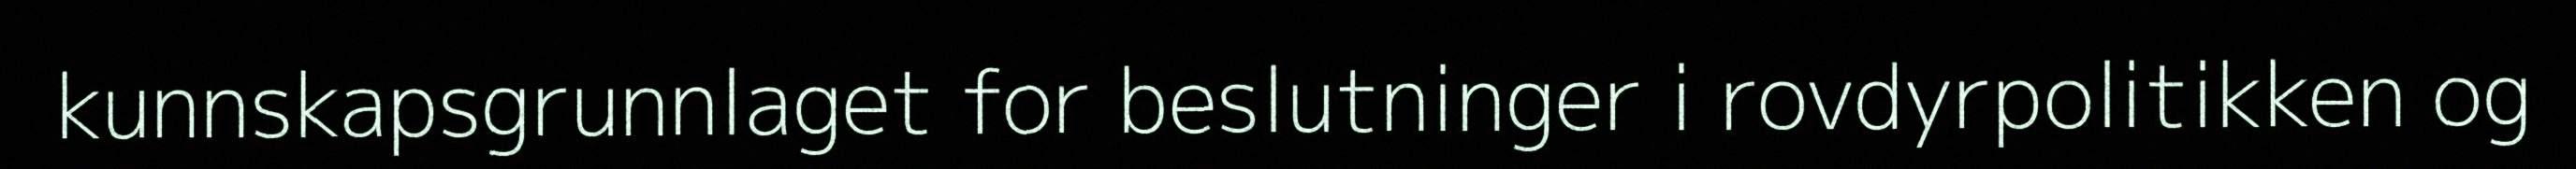
kunnskapsgrunnlaget for beslutninger i rovdyrpolitikken og